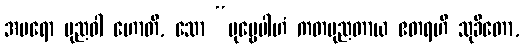
အပရော ပုညဝါ ဟောတိ, သော “ပုဗ္ဗေပါဟံ ကတပုညတာယ ဧတရဟိ သုခိတော,